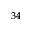
^ { 3 4 }